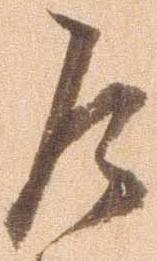
乍